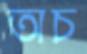
অচ